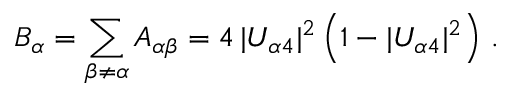
B _ { \alpha } = \sum _ { \beta \neq \alpha } A _ { \alpha \beta } = 4 \, | U _ { \alpha 4 } | ^ { 2 } \left( 1 - | U _ { \alpha 4 } | ^ { 2 } \right) \, .